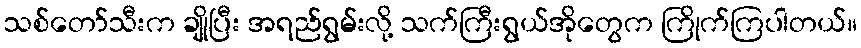
သစ်တော်သီးက ချိုပြီး အရည်ရွမ်းလို့ သက်ကြီးရွယ်အိုတွေက ကြိုက်ကြပါတယ်။